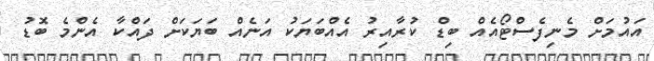
އައުމަށް މެނިފެސްޓޯއެއް ބިޑް ކުރާއިރު އެއްބަޔަކު އަނެއް ބަޔަކަށް ދައްކާ އެންމެ ބޮޑު